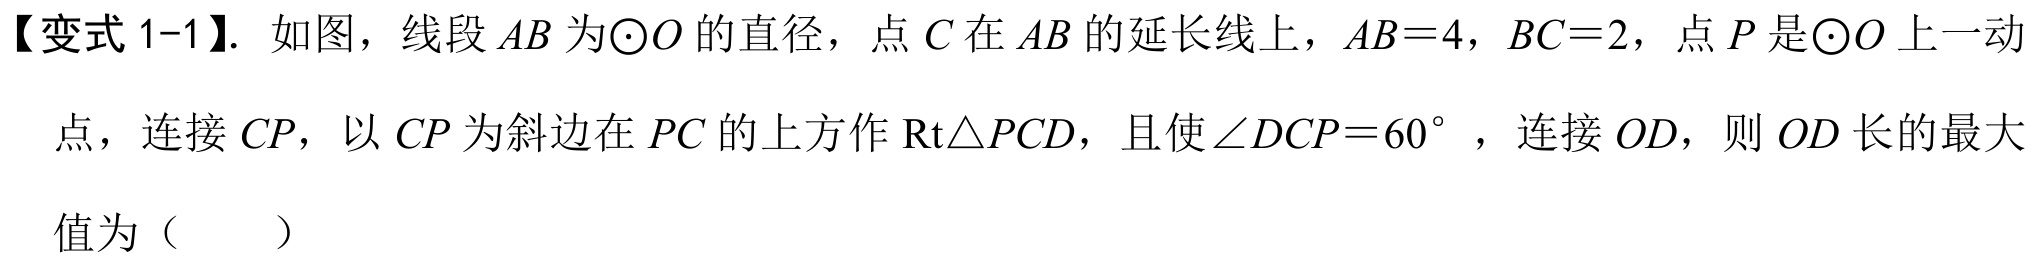
【变式 1-1】. 如图，线段\(AB\)为\(\odot O\)的直径，点\(C\)在\(AB\)的延长线上，\(AB = 4\)，\(BC = 2\)，点\(P\)是\(\odot O\)上一动点，连接\(CP\)，以\(CP\)为斜边在\(PC\)的上方作\(\mathrm{Rt}\triangle PCD\)，且使\(\angle DCP = 60^{\circ}\)，连接\(OD\)，则\(OD\)长的最大值为（  ）